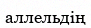
аллельдің